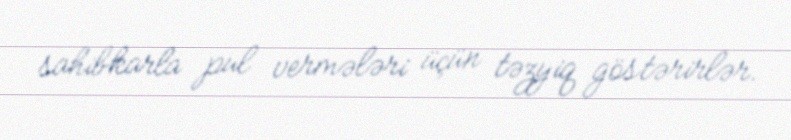
sahibkarla pul vermələri üçün təzyiq göstərirlər.